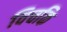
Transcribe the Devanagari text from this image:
विचकि